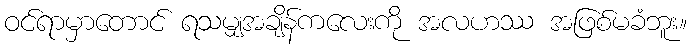
ဝင်ရာမှာတောင် ရသမျှအချိန်ကလေးကို အလဟဿ အဖြစ်မခံဘူး။